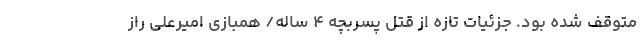
متوقف شده بود. جزئیات تازه از قتل پسربچه ۴ ساله/ همبازی امیرعلی راز